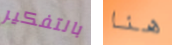
بالتفكير هنا